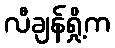
လီချန်ရှို့က